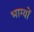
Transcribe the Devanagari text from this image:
भाग्यों